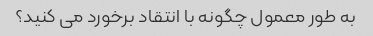
به طور معمول چگونه با انتقاد برخورد می کنید؟